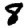
Digit: 8